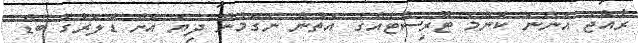
ރާއްޖެ އަންނަ ކޮންމެ ޓޫރިސްޓެއްގެ އަތުން ނަގަމުން ދިޔަ އަށް ޑޮލަރުގެ ބެޑް